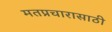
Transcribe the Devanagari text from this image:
मतप्रचारासाठी